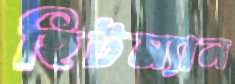
হিটম্যান